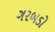
ગરબડો